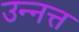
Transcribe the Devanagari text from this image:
उन्नत्त